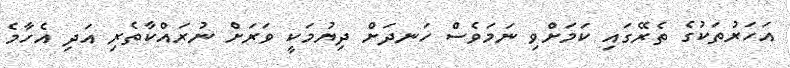
އަހަރުތަކުގެ ތެރޭގައި ކަމަށްވި ނަމަވެސް ހަނދަށް ދިޔުމަކީ ވަރަށް ނުރައްކާތެރި އަދި އެހާމެ